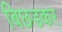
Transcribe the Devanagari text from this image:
बिछडकर